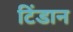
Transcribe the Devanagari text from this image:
टिंडान